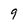
Character: 9